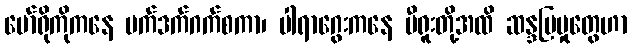
မော်ရိုကိုကနေ မက်ဒက်ဂက်စကာ၊ ပါရာဂွေးကနေ ပီရူးတို့အထိ ဆန္ဒပြမှုတွေဟာ